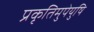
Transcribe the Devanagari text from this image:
प्रकृतिमुपेयुषि